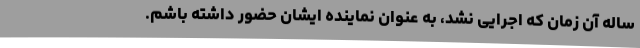
ساله آن زمان که اجرایی نشد، به عنوان نماینده ایشان حضور داشته باشم.